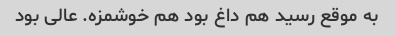
به موقع رسید هم داغ بود هم خوشمزه. عالی بود